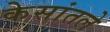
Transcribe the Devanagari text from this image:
केसांतले